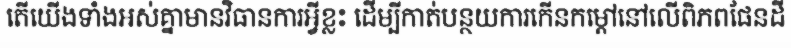
តើយើងទាំងអស់គ្នាមានវិធានការអ្វីខ្លះ ដើម្បីកាត់បន្ថយការកើនកម្តៅនៅលើពិភពផែនដី